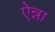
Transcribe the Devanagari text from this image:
ऐन्ना